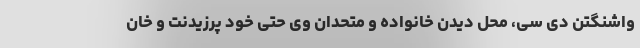
واشنگتن دی سی، محل دیدن خانواده و متحدان وی حتی خود پرزیدنت و خان